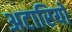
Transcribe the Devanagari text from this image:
अटारियों